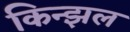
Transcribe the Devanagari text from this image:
किन्झल